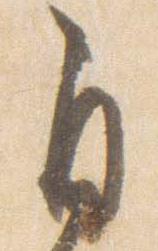
自